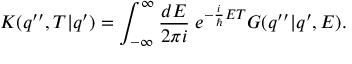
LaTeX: K ( q ^ { \prime \prime } , T | q ^ { \prime } ) = \int _ { - \infty } ^ { \infty } \frac { d E } { 2 \pi i } \; e ^ { - \frac { i } { \hbar } E T } G ( q ^ { \prime \prime } | q ^ { \prime } , E ) .